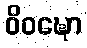
ဝိဝဍ္ဎော